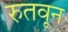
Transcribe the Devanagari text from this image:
रुतवून